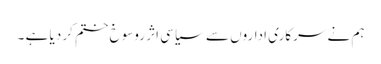
ہم نے سرکاری اداروں سے سیاسی اثر روسوخ ختم کر دیا ہے ۔